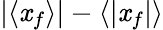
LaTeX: \left|\left<\mathit{x}_{f}\right>\right|-\left<\left|\mathit{x}_{f}\right|\right>